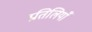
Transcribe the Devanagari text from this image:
प्रतिलियाँ